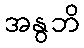
အနွဘိ